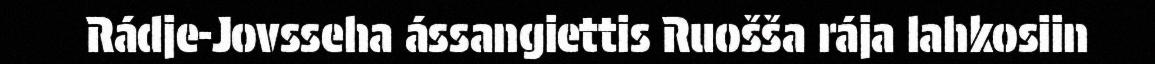
Rádje-Jovsseha ássangiettis Ruošša rája lahkosiin